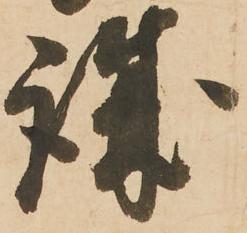
誠